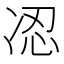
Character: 𠗋